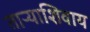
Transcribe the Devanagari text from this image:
ताऱ्याशिवाय